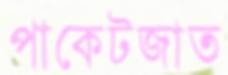
পাকেটজাত